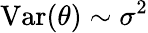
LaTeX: \mathrm{Var}(\theta)\sim\sigma^{2}